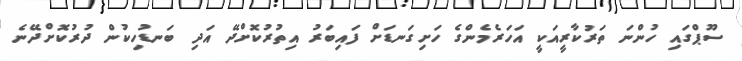
ސޫޕްގައި ހުންނަ ތަރުކާރީއަކީ އަހަރެމެންގެ ހަށިގަނޑަށް ފައިބަރު އިތުރުކޮށްދޭ އަދި ބަނޑުހިކުން ދުރުކޮށްދޭނެ